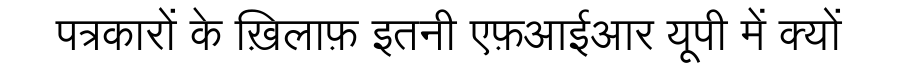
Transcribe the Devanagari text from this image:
पत्रकारों के ख़िलाफ़ इतनी एफ़आईआर यूपी में क्यों